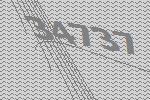
34737